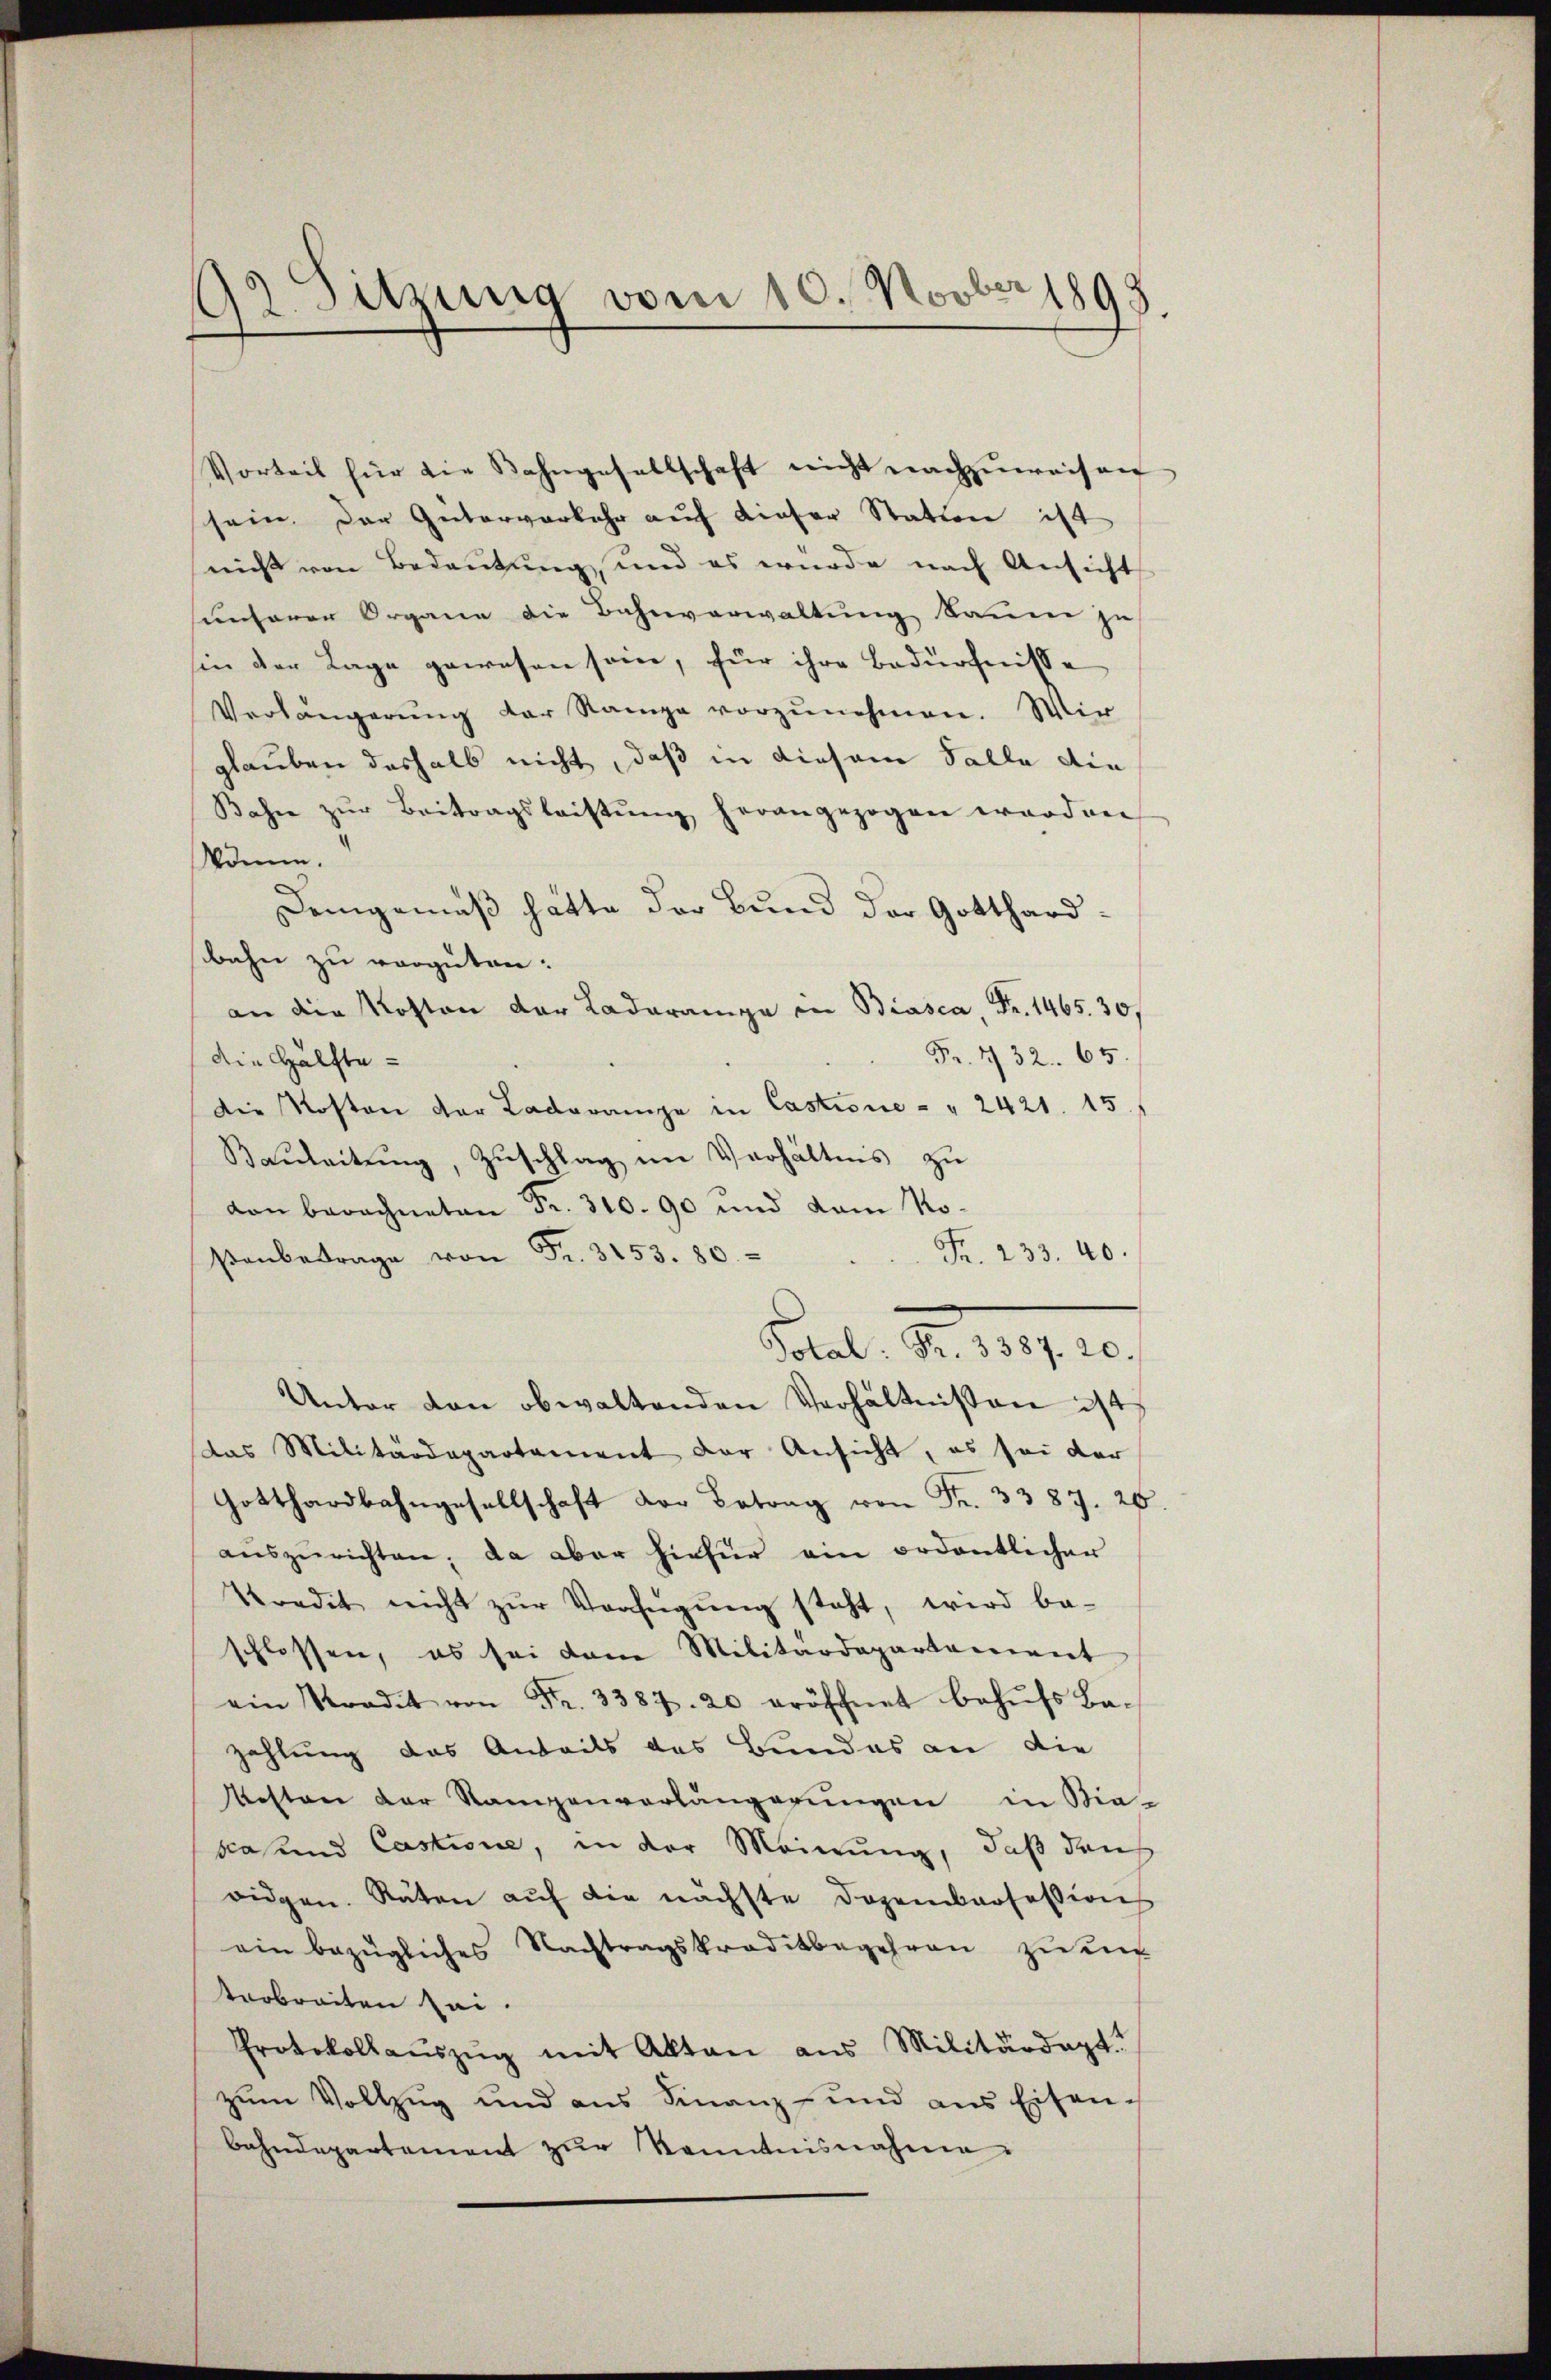
92. Sitzung vom 10. Novber 1893.

Vorteil für die Kahngesellschaft nicht nachzŭweisen
sein der Güterverkehr auf dieser Statten ist
nicht von Bedeutung, und es wurde nach Ansicht
unserer Organe die Bahnverwaltung kaum ju
hin der Lage gewesen sein, für ihre Bedürfnisse
Verlängerŭng der Rampe vorzŭnehmen. Wir
glauben deshalb nicht, daß in diesem Falle die
Bahne zŭr Beitragsleistŭng herangezogen worden
kömm.
Demgemäß hätte der Bund der Gotthardbahn zu verguten:
an die Kosten der Ladarange in Biasca, Fr. 1465. 30.
Fr. 432. 65.
die Hälfte
die Kosten der Ladorange in Castrone - " 2421. 15.
Bauleitung, Zuschlag im Verhältnis zu
von berechneten Fr. 310. 90 und dem No¬
Fr. 233. 40.
βenbetrage von Fr. 3153. 80
Potal. Fr. 3387. 20.
Unter von obwaltenden Verhältnissen ist,
das Militärdepartament der Ansicht, es sei der
Gotthardbahngesellschaft der Betrag von Fr. 3387. 26.
aŭszŭrichten; da aber hiefür ein ordentlicher
kredit nicht zŭr Verfügŭng steht, wird be-
schlossen, es sei dann Militärdepartement
ein Stradit von Fr. 3387. 20 eröffnet behŭfs Ba-
zahlung das Anteils des Bundes an die
Kesten der Rampenverlängerungen in Bie-
scasund Castione, in der Meinung, daß dans
ridgen. Räten auf die nächste Dozenprofessions
ein bezügliches Nachtragskreditbegehren zŭ ŭn
tarbreiten sei.
Protokollaŭszŭg mit Akten aus Militärdept.
zŭm Vollzug und ans Finanz- und ans Eisen-
bahndepartement zŭr Kenntnisnahme.